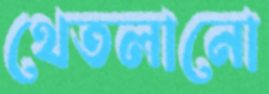
থেতলানো